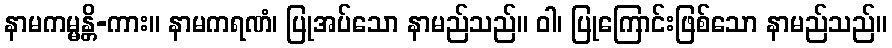
နာမကမ္မန္တိ-ကား။ နာမကရဏံ၊ ပြုအပ်သော နာမည်သည်။ ဝါ၊ ပြုကြောင်းဖြစ်သော နာမည်သည်။